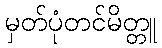
မှတ်ပုံတင်မိတ္တူ